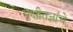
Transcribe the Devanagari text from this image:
पक्षीतज्ञांचे